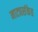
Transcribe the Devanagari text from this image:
नाट्यसंकेत